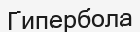
Гипербола